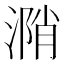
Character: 𣹝